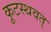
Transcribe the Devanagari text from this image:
कूटस्थवत्‌